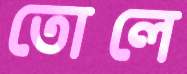
তোলে